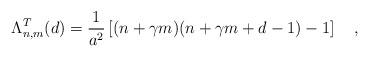
LaTeX: \begin{align*}\Lambda^{T}_{n,m}(d)={1\over {a}^2}\left[(n+\gamma m)(n+\gamma m+d-1)-1 \right]~~~,\end{align*}